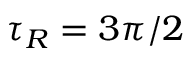
\tau _ { R } = 3 \pi / 2